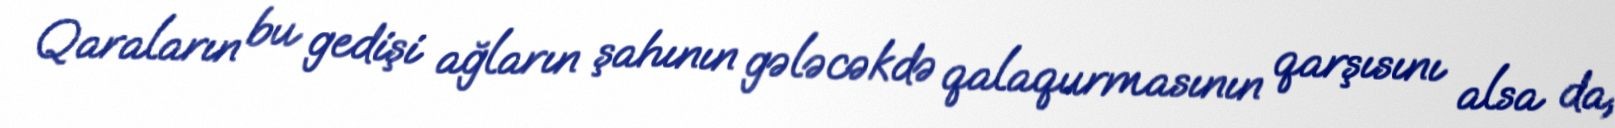
Qaraların bu gedişi ağların şahının gələcəkdə qalaqurmasının qarşısını alsa da,